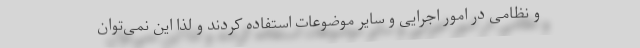
و نظامی در امور اجرایی و سایر موضوعات استفاده کردند و لذا این نمی‌توان